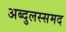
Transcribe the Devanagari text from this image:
अब्दुलस्समद